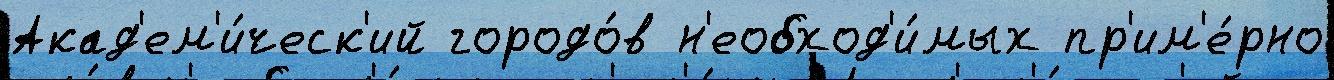
Акад'ем'и́ческ'ий городо́в н'еобход'и́мых пр'им'е́рно